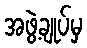
အဖွဲ့ချုပ်မှ